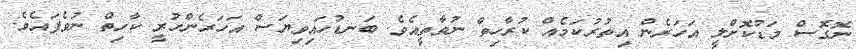
ނޮގޮސް މަޑުކޮށްލީ އަހަރެން އިތުރުކަމެއް ކުރާހިތް ނުވާތީއެވެ. ބަނޑުހައިވިޔަސް އަހަރެންހުރީ ކާހިތް ނުވެފައެވެ.